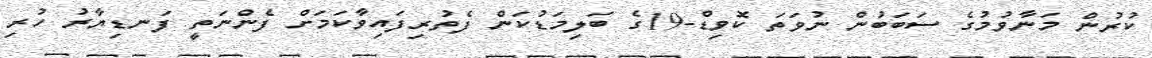
ކުރުން މަނާވުމުގެ ސަބަބުން ނުވަތަ ކޮވިޑް-19ގެ ބަލިމަޑުކަން ފެތުރިފައިވާކަމަށް ފެންނަތީ ފަނޑިޔާރު ހުރި